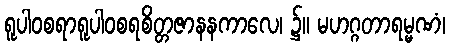
ရူပါဝစရာရူပါဝစရစိတ္တဇာနနကာလေ၊ ၌။ မဟဂ္ဂတာရမ္မဏံ၊